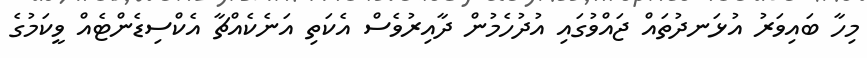
މިހާ ބައިވަރު އުޅަނދުތައް ޖައްވުގައި އުދުހެމުން ދާއިރުވެސް އެކަތި އަނެކެއްޗާ އެކްސިޑެންޓެއް ވީކަމުގެ